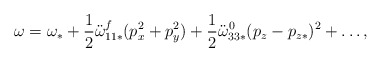
\begin{align*}\omega=\omega_*+ \frac{1}{2}\ddot{\omega}_{11*}^{f} (p_x^2+p_y^2) +\frac{1}{2}\ddot{\omega}^0_{33*} (p_z-p_{z*})^2 + \ldots,\end{align*}